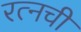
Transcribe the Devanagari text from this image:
रत्‍नची